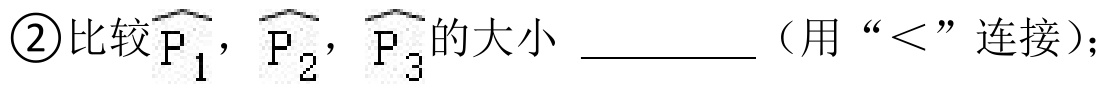
\textcircled{2}比较\(\widehat{\mathrm{P}_{1}}\)，\(\widehat{\mathrm{P}_{2}}\)，\(\widehat{\mathrm{P}_{3}}\)的大小 \(\underline{\quad\quad}\)（用“\(<\)”连接）；